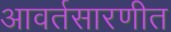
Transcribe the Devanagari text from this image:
आवर्तसारणीत